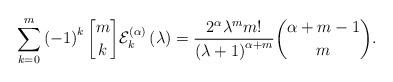
LaTeX: \begin{align*}\sum_{k=0}^{m}\left( -1\right) ^{k}\genfrac{[}{]}{0pt}{}{m}{k}\mathcal{E}_{k}^{\left( \alpha\right) }\left( \lambda\right)=\frac{2^{\alpha}\lambda^{m}m!}{\left( \lambda+1\right) ^{\alpha+m}}\binom{\alpha+m-1}{m}. \end{align*}